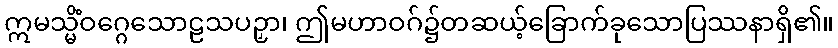
ဣမသ္မိံဝဂ္ဂေသောဠသပဉှာ၊ ဤမဟာဝဂ်၌တဆယ့်ခြောက်ခုသောပြဿနာရှိ၏။